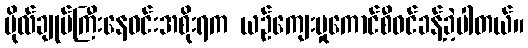
ဗိုလ်ချုပ်ကြီးနေဝင်းအစိုးရက ယဉ်ကျေးမှုကောင်စီဝင်ခန့်ခဲ့ပါတယ်။